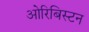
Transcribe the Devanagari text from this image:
ओरिबिस्टन